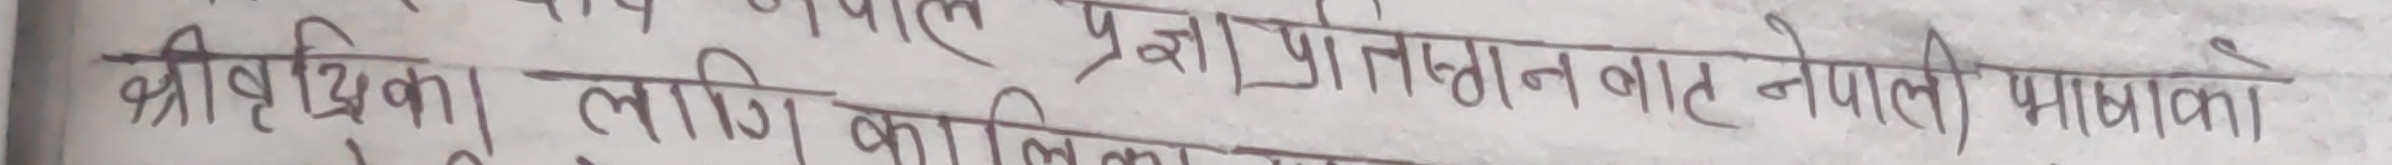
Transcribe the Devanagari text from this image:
श्रीवृद्धििका लागि कालिका, प्रज्ञा प्रतिष्ठान बाट नेपाली भाषकाे